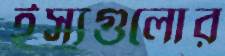
ইস্যুগুলোর